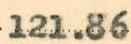
121.86